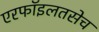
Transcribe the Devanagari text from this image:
एरफॉइलतसेच